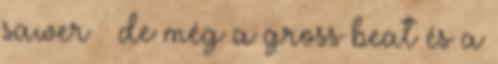
sawer de még a gross beat és a